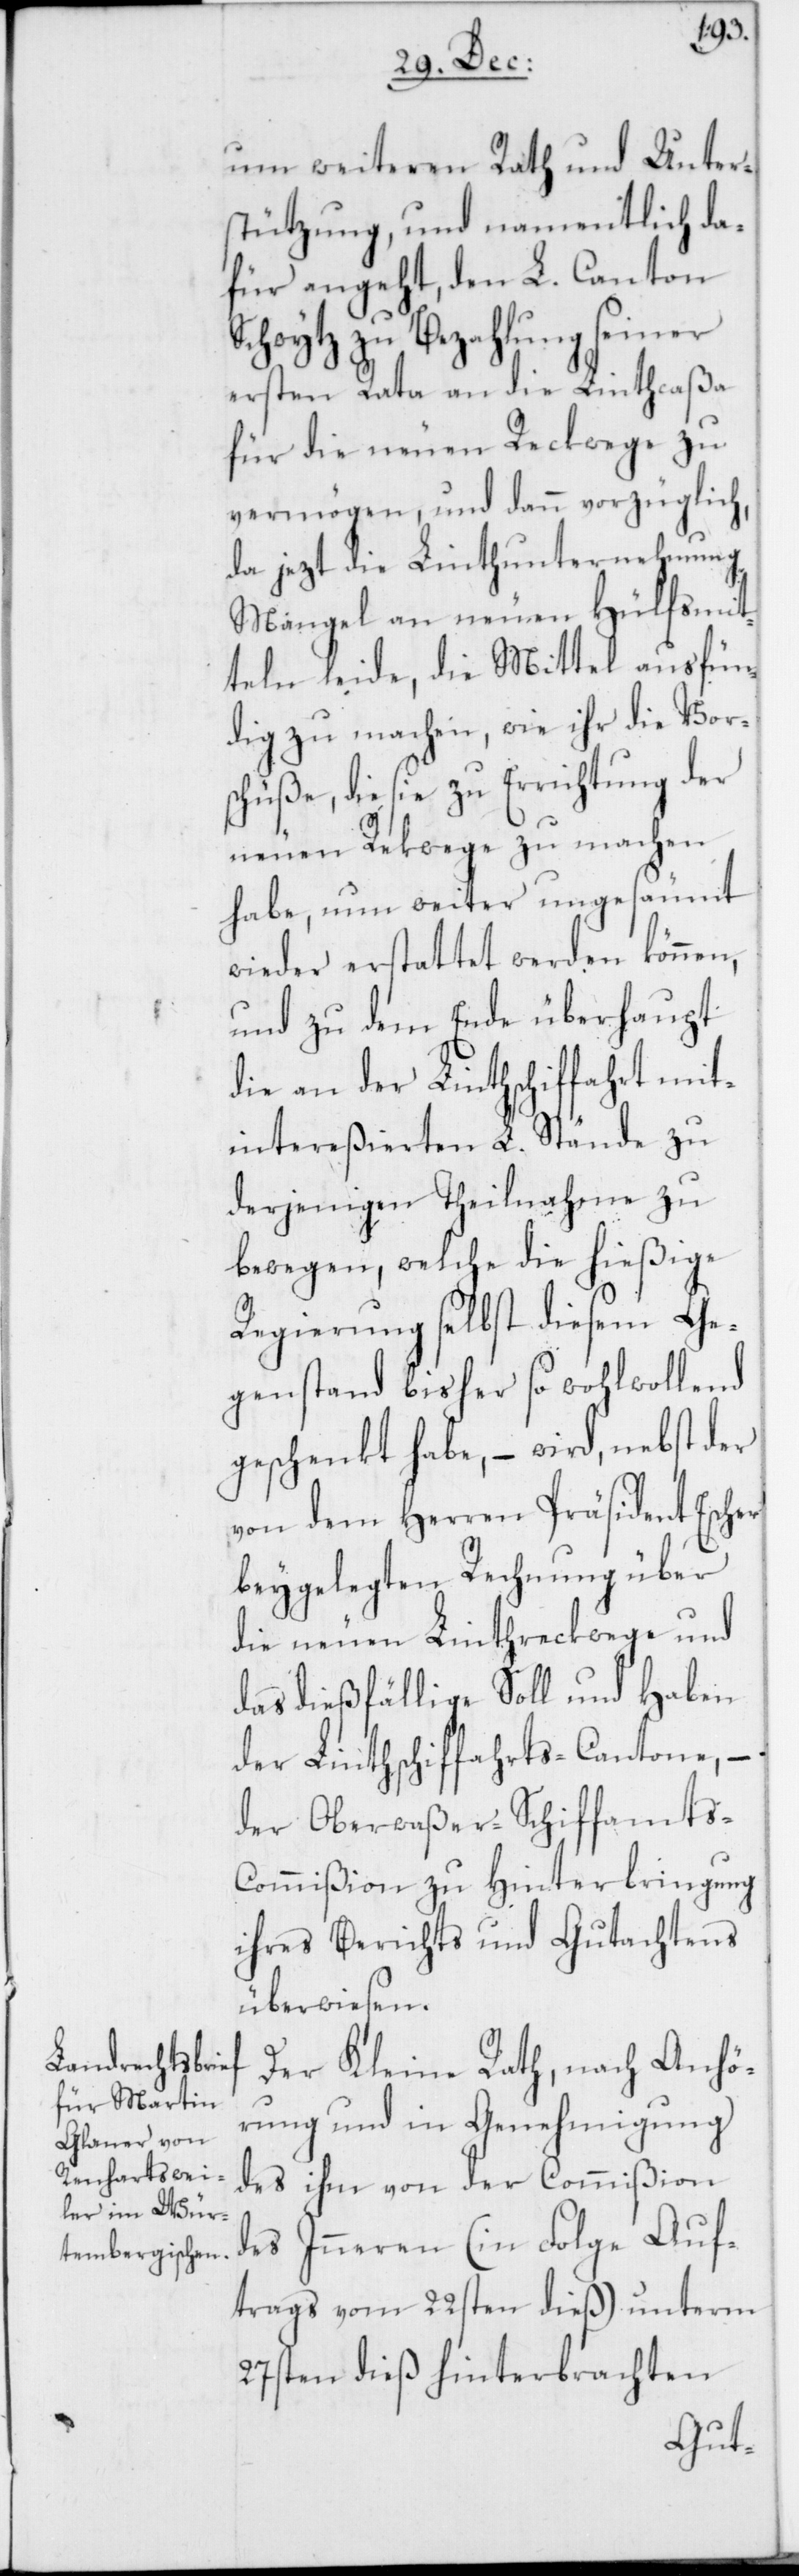
um weiteren Rath und Unter¬
stützung, und namentlich da¬
für angeht, den L. Canton
Schwytz zu Bezahlung seiner
ersten Rata an die Lintcaßa
für die neuen Reckwege zu
vermögen, und dann vorzüglich,
da jezt die Linthunternehmung
Mängel an neuen Hülfsmit¬
teln leide, die Mittel ausfün¬
dig zu machen, wie ihr die Vor¬
schüße, die sie zu Errichtung der
neuen Reckwege zu machen
habe, nun weiter ungesäumt
wieder erstattet werden können,
und zu dem Ende überhaupt
die an der Linthschiffahrt mit¬
intereßierten L. Stände zu
derjenigen Theilnahme zu
bewegen, welche die hießige
Regierung selbst diesem Ge¬
genstand bisher so wohlwollend
geschenkt habe, – wird, nebst der
von dem Herren Präsident Escher
beygelegten Rechnung über
die neuen Linthreckwege und
das dießfällige Soll und Haben
der Linthschiffahrts-Cantone, –
der Oberwaßer-Schiffamt¬
s-Commißion zu Hinterbringung
ihres Berichts und Gutachtens
überwiesen.
Der Kleine Rath, nach Anhö¬
rung und in Genehmigung
des ihm von der Commißion
des Inneren (in Folge Auf¬
trags vom 22sten dieß) unterm
27sten dieß hinterbrachten